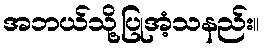
အဘယ်သို့ပြုအံ့သနည်း။